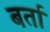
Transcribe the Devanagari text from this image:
बर्ता